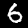
Label: 6